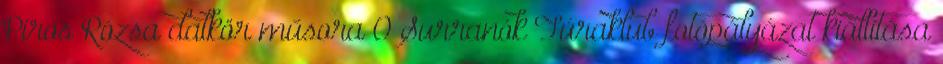
Piros Rózsa dalkör műsora 0 Surranók Túraklub fotópályázat kiállítása